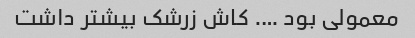
معمولی بود …. کاش زرشک بیشتر داشت